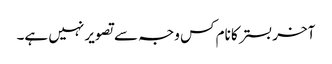
آخر بستر کا نام کس وجہ سے تصویر نہیں ہے۔